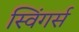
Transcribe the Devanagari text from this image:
स्विंगर्स